King Institute of Preventive Medicine Micro-Biological Section reports 1912-19
Year: 1912
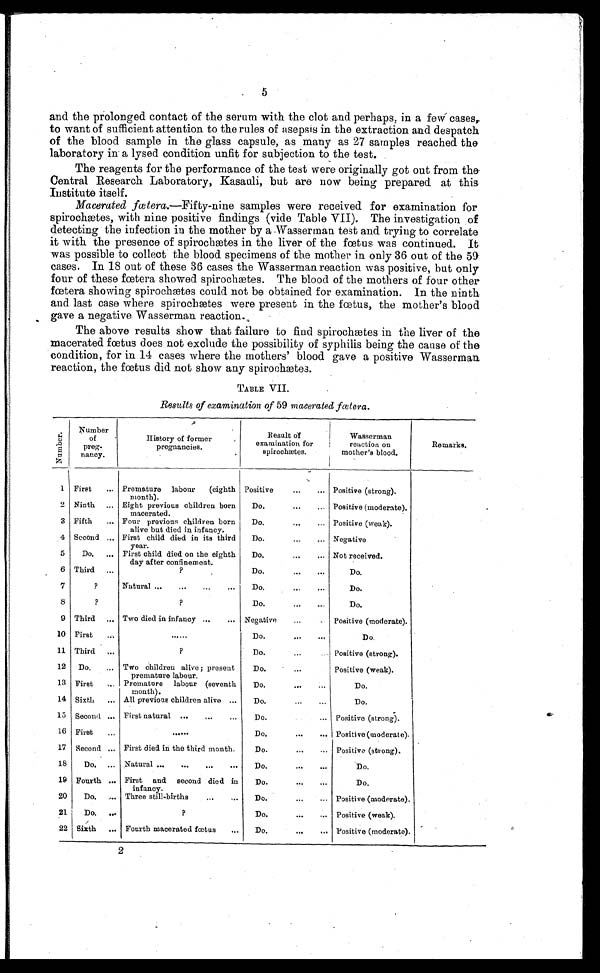
5
and the prolonged contact of the serum with the clot and perhaps, in a few cases,
to want of sufficient attention to the rules of asepsis in the extraction and despatch
of the blood sample in the glass capsule, as many as 27 samples reached the
laboratory in a lysed condition unfit for subjection to the test.
The reagents for the performance of the test were originally got out from the
Central Research Laboratory, Kasauli, but are now being prepared at this
Institute itself.
Macerated fœtera.—Fifty-nine samples were received for examination for
spirochætes, with nine positive findings (vide Table VII). The investigation of
detecting the infection in the mother by a Wasserman test and trying to correlate
it with the presence of spirochætes in the liver of the fœtus was continued. It
was possible to collect the blood specimens of the mother in only 36 out of the 59
cases. In 18 out of these 36 cases the Wasserman reaction was positive, but only
four of these fœtera showed spirochætes. The blood of the mothers of four other
fœtera showing spirochætes could not be obtained for examination. In the ninth
and last case where spirochætes were present in the fœtus, the mother's blood
gave a negative Wasserman reaction.
The above results show that failure to find spirochætes in the liver of the
macerated fœtus does not exclude the possibility of syphilis being the cause of the
condition, for in 14 cases where the mothers' blood gave a positive Wasserman
reaction, the fœtus did not show any spirochætes.
TABLE VII.
Results of examination of 59 macerated fœtera.
N u m b e r .
Number
of
preg-
n a n c y .
History of former
pregnancies.
Result of
examination for
spirochætes.
Wasserman
reaction on
mother' s blood.
Remarks.
1 First . . . Premature labour (eighth
month).
Positive . . . Positive (strong).
2 Ninth . . . Eight previous children born
macerated.
Do. . . . Positive (moderate).
3 Fifth . . . Four previous children born
alive but died in infancy.
Do. . . . Positive (weak).
4 Second . . . First child died in its third
year.
Do. . . . Negative
5
Do. . . . First child died on the eighth
day after confinement.
Do. . . . Not received.
6 Third . . .
?
Do. . . .
Do.
7
?
Natural . . .
Do. . . .
Do.
8 ?
?
Do. . . .
Do.
9 Third . . . Two died in infancy . . .
Negative . . .
Positive (moderate).
10 F i r s t . . .
. . .
Do. . . .
Do.
11 Third . . .
?
Do. . . .
P o s i t i v e ( s t r o n g ) .
12
Do. . . .
Two children alive; present
premature labour.
Do. . . .
P o s i t i v e ( w e a k ) .
13 First . . . Premature labour (seventh
month).
Do. . . .
Do.
14 Sixth . . . All previous children alive . . .
Do. . . .
15 Second . . . First natural. . .
Do. . . . Positive (strong).
16 First . . .
. . .
Do. . . . Positive (moderate).
17 Second . . . First died in the third month.
Do. . . . Positive (strong).
18
Do. . . . Natural . . .
Do. . . .
Do.
19 Fourth . . . First and second died in
infancy.
Do. . . .
Do.
20
Do. . . . Three still-births . . .
Do. . . .
P o s i t i v e ( m o d e r a t e ) .
21
Do. . . .
?
Do. . . . Positive (weak).
22 Sixth . . . Fourth macerated fœtus . . .
Do. . . . Positive (moderate).
2